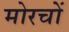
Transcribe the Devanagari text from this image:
मोरचों